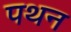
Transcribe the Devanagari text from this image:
पथन